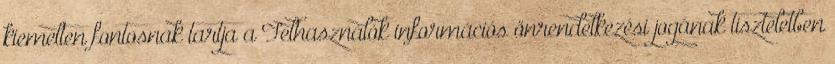
kiemelten fontosnak tartja a Felhasználók információs önrendelkezési jogának tiszteletben